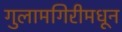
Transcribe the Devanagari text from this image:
गुलामगिरीमधून